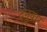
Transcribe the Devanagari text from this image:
दनुवार